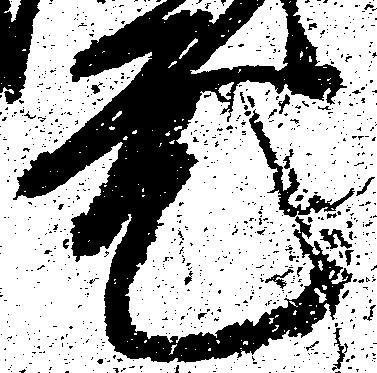
元